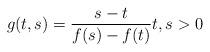
LaTeX: \begin{align*}g(t,s)=\frac{s-t}{f(s)-f(t)}t,s>0\end{align*}